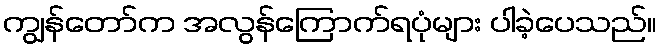
ကျွန်တော်က အလွန်ကြောက်ရပုံများ ပါခဲ့ပေသည်။